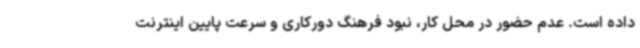
داده است. عدم حضور در محل کار، نبود فرهنگ دورکاری و سرعت پایین اینترنت